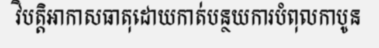
វិបត្តិអាកាសធាតុដោយកាត់បន្ថយការបំពុលកាបូន